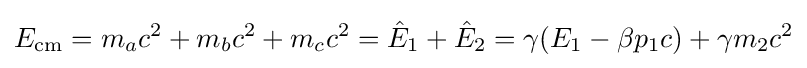
E_{\text{cm}}=m_{a}c^{2}+m_{b}c^{2}+m_{c}c^{2}={\hat {E}}_{1}+{\hat {E}}_{2}=\gamma (E_{1}-\beta p_{1}c)+\gamma m_{2}c^{2}